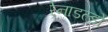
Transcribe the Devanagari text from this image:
रेनाडल्डो